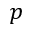
p